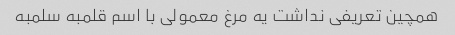
همچین تعریفی نداشت یه مرغ معمولی با اسم قلمبه سلمبه